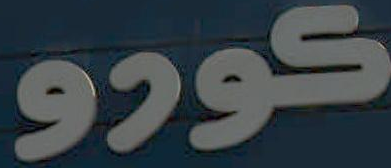
كورو